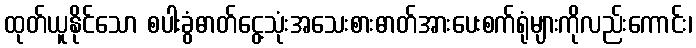
ထုတ်ယူနိုင်သော စပါးခွံဓာတ်ငွေ့သုံးအသေးစားဓာတ်အားပေးစက်ရုံများကိုလည်းကောင်း၊